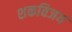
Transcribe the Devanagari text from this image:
शकविजय